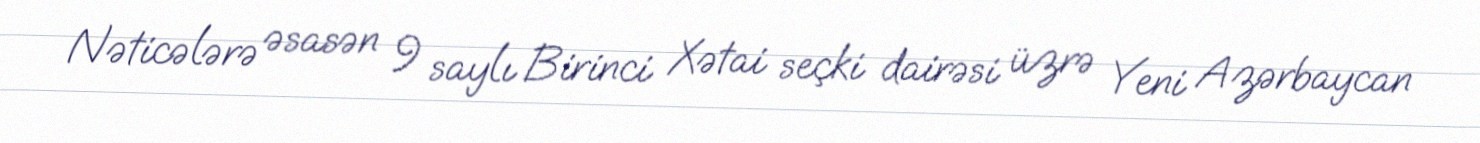
Nəticələrə əsasən 9 saylı Birinci Xətai seçki dairəsi üzrə Yeni Azərbaycan